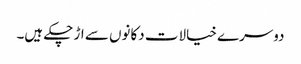
دوسرے خیالات دکانوں سے اڑ چکے ہیں۔